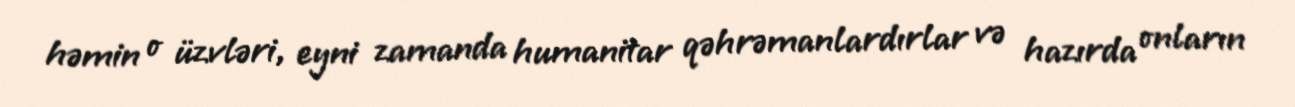
həmin o üzvləri, eyni zamanda humanitar qəhrəmanlardırlar və hazırda onların